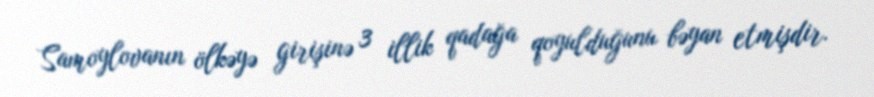
Samoylovanın ölkəyə girişinə 3 illik qadağa qoyulduğunu bəyan etmişdir.